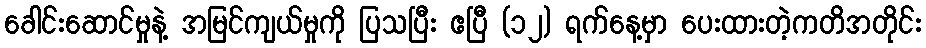
ခေါင်းဆောင်မှုနဲ့ အမြင်ကျယ်မှုကို ပြသပြီး ဧပြီ (၁၂) ရက်နေ့မှာ ပေးထားတဲ့ကတိအတိုင်း